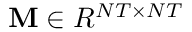
\mathbf { M } \in R ^ { N T \times N T }